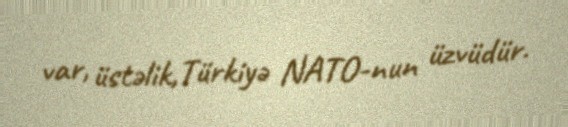
var, üstəlik,Türkiyə NATO-nun üzvüdür.